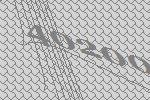
40200